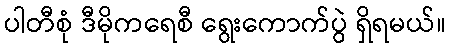
ပါတီစုံ ဒီမိုကရေစီ ရွေးကောက်ပွဲ ရှိရမယ်။